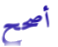
أصحح